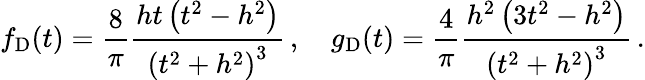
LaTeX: f_{\mathrm{D}}(t)=\frac{8}{\pi}\frac{ht\left(t^{2}-h^{2}\right)}{\left(t^{2}+h^{2}\right)^{3}}\, ,\quad g_{\mathrm{D}}(t)=\frac{4}{\pi}\frac{h^{2}\left(3t^{2}-h^{2}\right)}{\left(t^{2}+h^{2}\right)^{3}}\, .